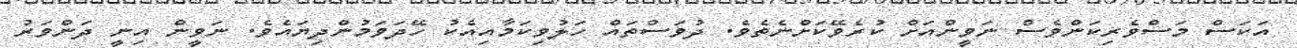
އަކަސް މަސްވެރިކަންވެސް ނަވީންއަށް ކުރެވޭކަށްނެތެވެ. ދުވަސްތައް ހަލުވިކަމާއިއެކު ހޭދަވަމުންދިޔައެވެ. ނަވީން އިނީ ދަންވަރު